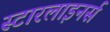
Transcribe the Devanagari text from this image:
स्टारलाइनर्स